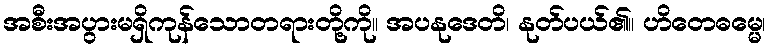
အစီးအပွားမရှိကုန်သောတရားတို့ကို။ အပနုဒေတိ၊ နုတ်ပယ်၏။ ဟိတေဓမ္မေ၊